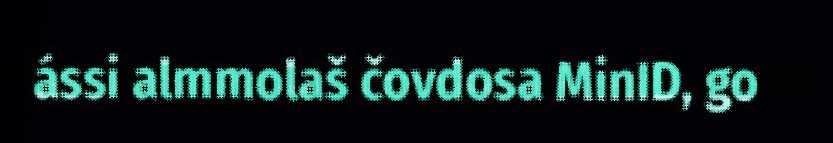
ássi almmolaš čovdosa MinID, go